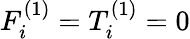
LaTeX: F_{i}^{(1)}=T_{i}^{(1)}=0